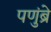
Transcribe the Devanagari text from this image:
पणुंब्रे